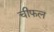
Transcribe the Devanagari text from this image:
चीफल